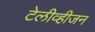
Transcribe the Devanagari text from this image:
टेलीव्हीजन